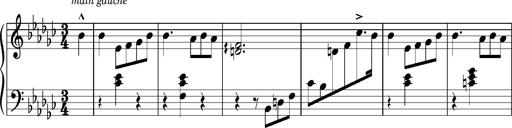
Title: KlavierstÃ¼ck in Es-moll
Composer: Franz Liszt
Key: E-flat minor